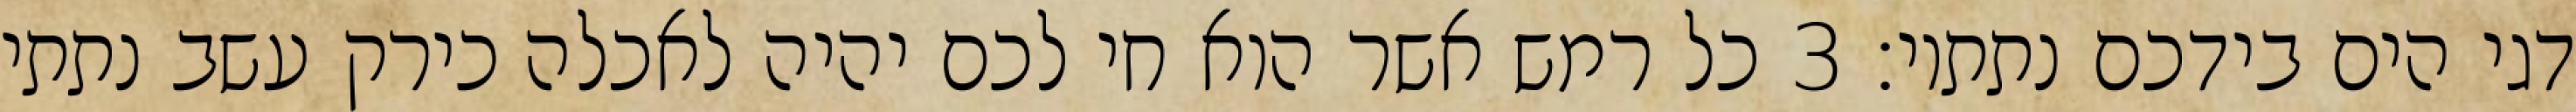
דגי הים בידכם נתתיו׃ ‎3‏ כל רמש אשר הוא חי לכם יהיה לאכלה כירק עשב נתתי